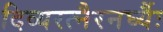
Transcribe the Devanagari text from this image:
दिव्यरत्नैरनर्घ्यैः